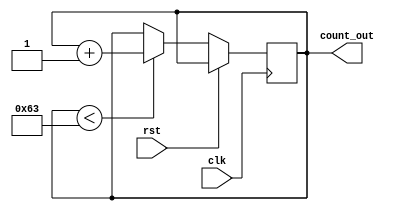
module counter2 ( clk , rst , count_out);
 parameter MOD = 100;
 parameter BITS = $clog2(100);

 input clk , rst ;
 output reg [ BITS -1:0] count_out ;


 always @ ( posedge clk or posedge rst )
	begin
		if ( rst )
			begin
			 count_out <= count_out;
			 
		
			end
		else if ( count_out < MOD -1)
			begin
			 count_out <= count_out + 1;

			end
		else
			begin
			 count_out <= count_out;

			end
		
			
	end
 endmodule